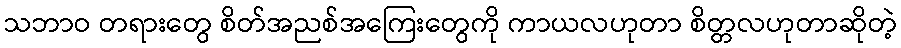
သဘာဝ တရားတွေ စိတ်အညစ်အကြေးတွေကို ကာယလဟုတာ စိတ္တလဟုတာဆိုတဲ့